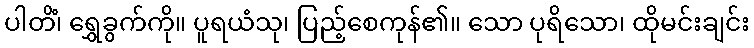
ပါတိံ၊ ရွှေခွက်ကို။ ပူရယံသု၊ ပြည့်စေကုန်၏။ သော ပုရိသော၊ ထိုမင်းချင်း